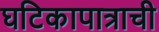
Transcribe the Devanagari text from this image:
घटिकापात्राची